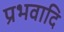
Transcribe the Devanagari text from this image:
प्रभवादि